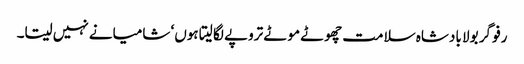
رفو گر بولا بادشاہ سلامت چھوٹے موٹے تروپے لگا لیتا ہوں‘ شامیانے نہیں سیتا۔